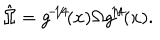
\hat { \Omega } = g ^ { \! - \! 1 \! / \! 4 \! } ( x ) \Omega g ^ { \! 1 \! / \! 4 \! } ( x ) .